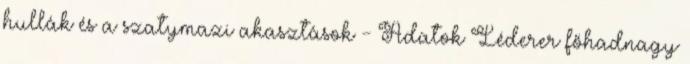
hullák és a szatymazi akasztások - Adatok Léderer főhadnagy